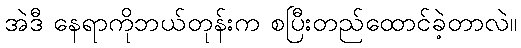
အဲဒီ နေရာကိုဘယ်တုန်းက စပြီးတည်ထောင်ခဲ့တာလဲ။